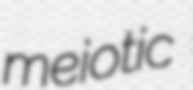
meiotic